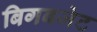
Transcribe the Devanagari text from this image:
बिगबजेट